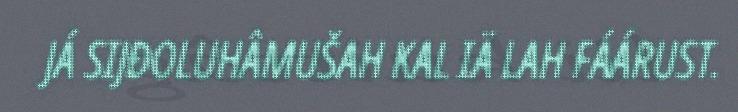
JÁ SIJĐOLUHÂMUŠAH KAL IÄ LAH FÁÁRUST.